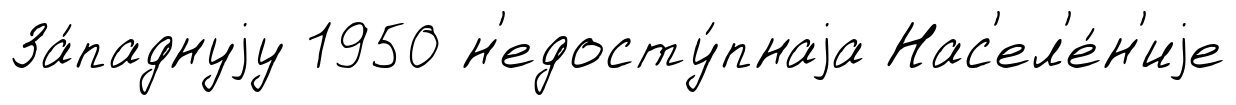
За́паднуjу 1950 н'едосту́пнаjа Нас'ел'е́н'иjе